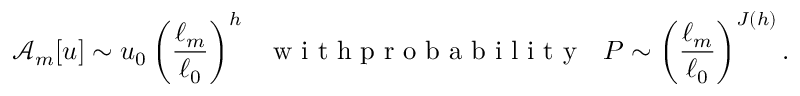
\mathcal { A } _ { m } [ u ] \sim u _ { 0 } \left( \frac { \ell _ { m } } { \ell _ { 0 } } \right) ^ { h } \ \ \textrm { w i t h p r o b a b i l i t y } \ \ P \sim \left( \frac { \ell _ { m } } { \ell _ { 0 } } \right) ^ { J ( h ) } .